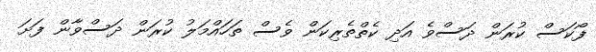
ފޯކަސް ކުރަން ދަސްވެ އަދި ކެތްތެރިކަން ވެސް ތަހައްމަލު ކުރަން ދަސްވާން ފަށަ